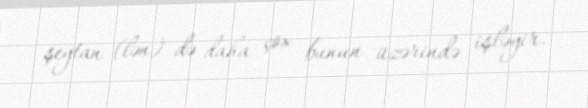
şeytan (lən) də daha çox bunun üzərində işləyir.